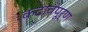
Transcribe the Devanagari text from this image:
कटावपूर्ण